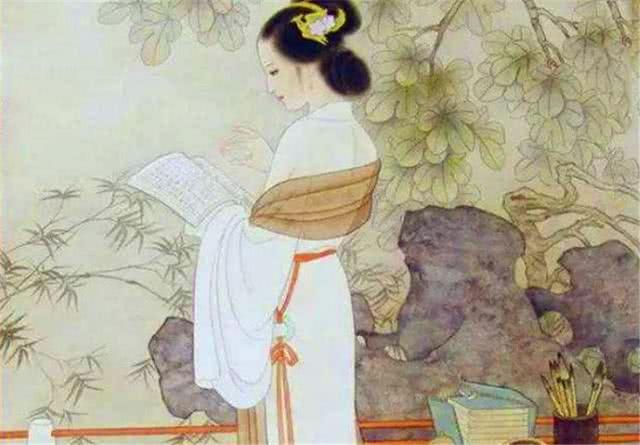
我报路长嗟日暮，学诗谩有惊人句。